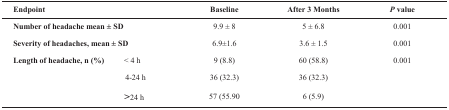
| <COLSPAN=2> Endpoint | Baseline | After 3 Months | P value |
 | --- | --- | --- | --- | --- |
 | <COLSPAN=2> Number of headache mean±SD | 9.9±8 | 5 ±6.8 | 0.001 |
 | <COLSPAN=2> Severity of headaches, mean±SD | 6.9±1.6 | 3.6±1.5 | 0.001 |
 | <ROWSPAN=3> Length of headache, n (%) | <4 hours | 9 (8.8) | 60 (58.8) | <ROWSPAN=3> 0.001 |
 | 4-24 h | 36 (32.3) | 36 (32.3) |
 | >24 h | 57 (55.90 | 6 (5.9) |